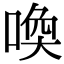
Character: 喚